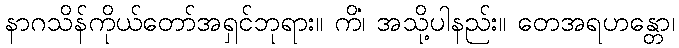
နာဂသိန်ကိုယ်တော်အရှင်ဘုရား။ ကိံ၊ အသို့ပါနည်း။ တေအရဟန္တော၊